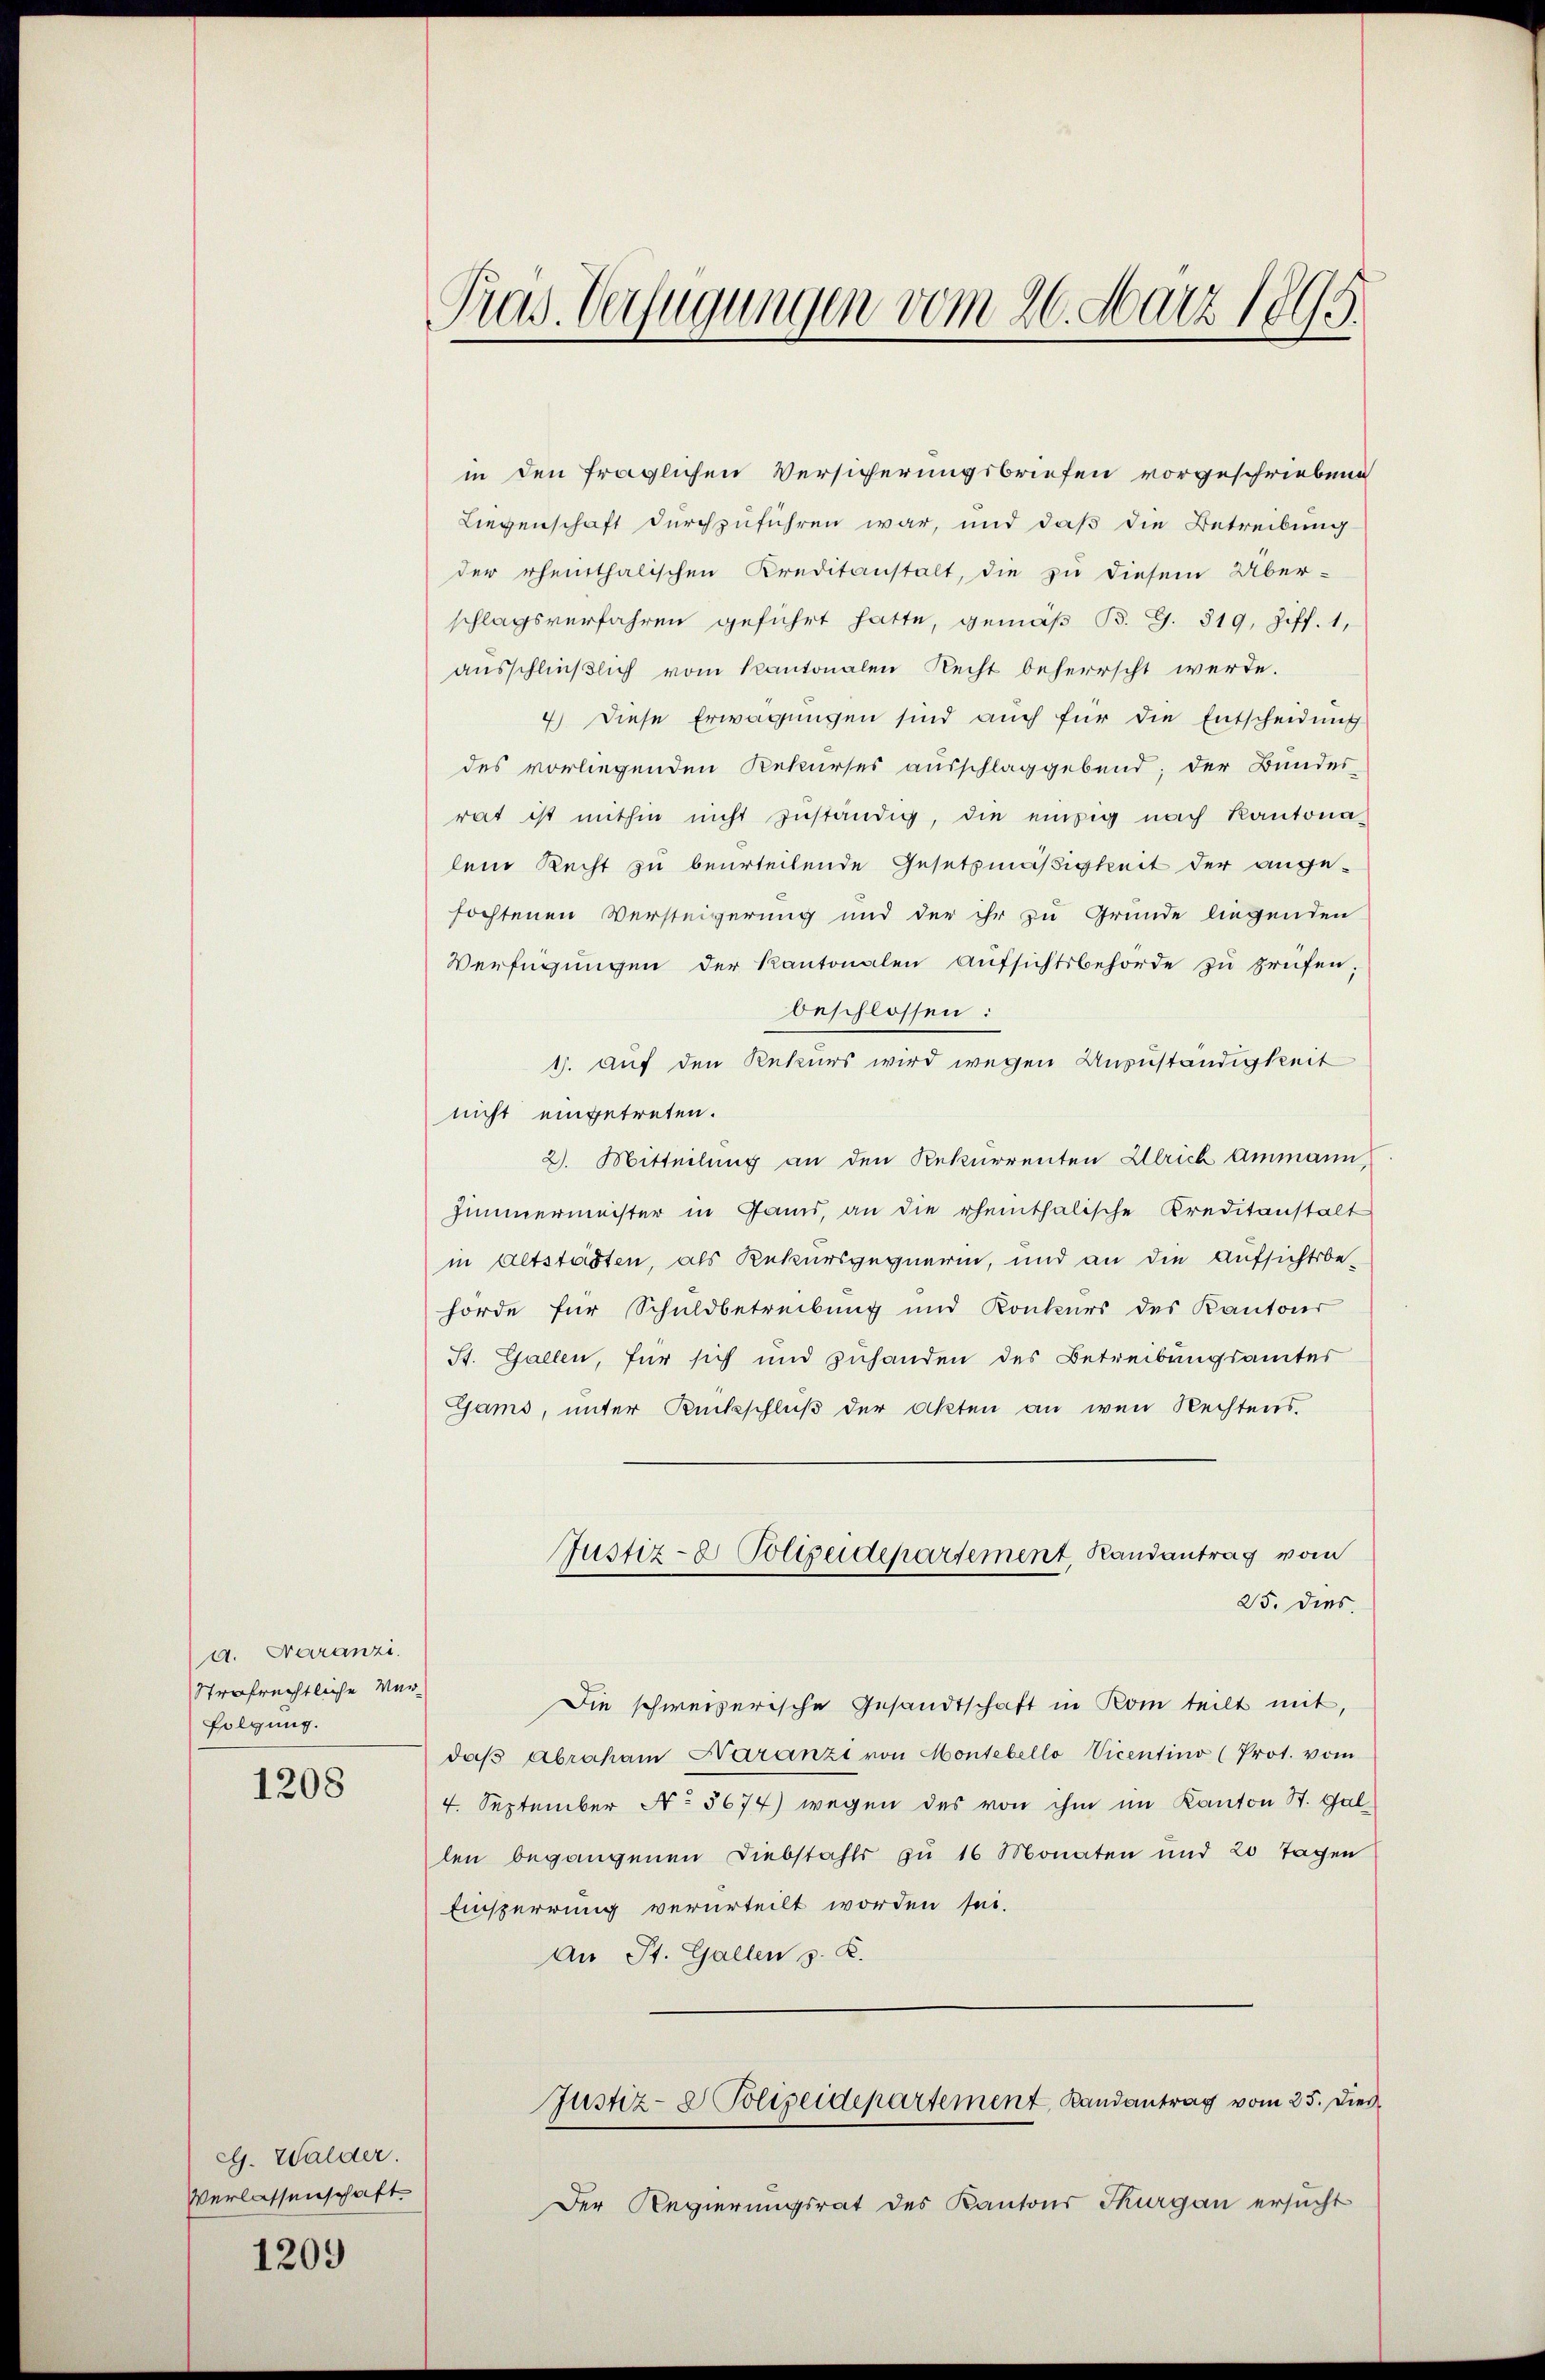
a. Naranzi
Strafrechtliche Verfolgung.

1208

eg. Walder.
Verlassenschaft

1209

Pras. Verfügungen vom 26. März 1895.

in den fraglichen Versicherungsbriefen vorgeschriebene
Liegenschaft durchzuführen war, und daß die Betreibung
der erhenthalischen Kreditanstalt, die zu diesem Über-
schlagsverfahren geführt hatte, gemäβ B. G. 319, Ziff. 1,
ausschließlich vom Kantonalen Recht beherrscht werde.
4.) Diese Erwägungen sind auch für die Entscheidung
des vorliegenden Rekurses ausschlaggebend; der Bundes-
rat ist mithin nicht zuständig, die einzig nach Kantona
lem Recht zu beurteilende Gesetzmäßigkeit der angefochtenen Versteigerung und der ihr zu Grunde liegenden
Verfügungen der Kantonalen Aŭfsichtsbehörde zu prüfen;
beschlossen:
1. Auf den Rekurs wird wegen Anzuständigkeit
nicht eingetreten.
2. Mitteilung an den Rekurrenten Ulrich Ammann,
Zimmermeister in Gann, an die erheithalische Kreditanstalt
in Altstädten, als Rekursgegnerin, und an die Aufsichtsbe-
hörde für Schuldbetreibung und Konkurs des Kantons
St. Gallen, für sich und zuhanden des Betreibungsamtes
Gams, unter Rückschluß der Akten an wen Rechtens.
Justiz- & Polizeidepartement, Randantrag vom
25. Dies
Die schweizerische Gesandtschaft in Rom teilt mit,
daβ Abraham Saranzi von Montebello Vicentino (Prot. vom
4. September No 5674) wegen des von ihm im Kanton St. Gal-
len begangenen Diebstahls zu 16 Monaten und 20 Tagen
Einsperrung verurteilt worden sei.
An St. Gallen z. K.
Justiz- & Polizeidepartement Randantrag vom 25. Dies
Der Regierungsrat des Kantons Thurgau ersucht